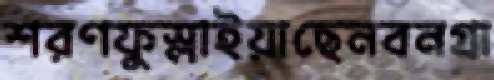
শরণফুস্‌লাইয়াছেনবনগ্রা